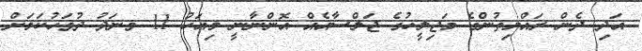
އަދި ދެން ރައްޔިތުންގެ މަޖިލީހުގެ ޖަލްސާއެއް އޮންނާނީ މިއަހު 11 ވނަދު ދުވަހުކަމަށް